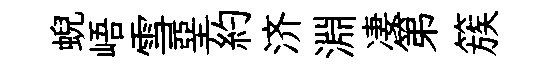
蜺峿雪堊約济淵凄第簇